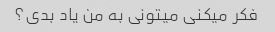
فکر میکنی میتونی به من یاد بدی؟